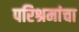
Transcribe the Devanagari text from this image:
परिश्रमांचा